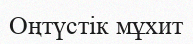
Оңтүстік мұхит